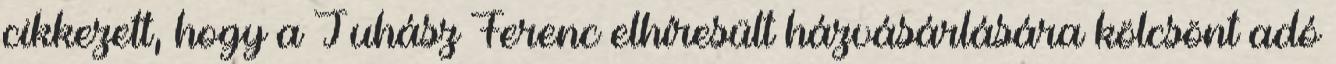
cikkezett, hogy a Juhász Ferenc elhíresült házvásárlására kölcsönt adó